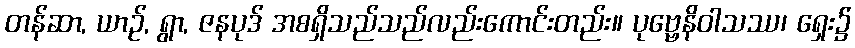
တန်ဆာ, ယာဉ်, ရွာ, ဇနပုဒ် အစရှိသည်သည်လည်းကောင်းတည်း။ ပုဗ္ဗေနိဝါသဿ၊ ရှေး၌